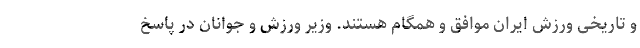
و تاریخی ورزش ایران موافق و همگام هستند. وزیر ورزش و جوانان در پاسخ